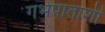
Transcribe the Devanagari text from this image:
गर्भपाताशी